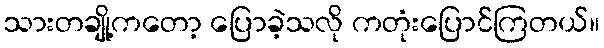
သားတချို့ကတော့ ပြောခဲ့သလို ကတုံးပြောင်ကြတယ်။